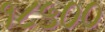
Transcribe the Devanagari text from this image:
१८५००